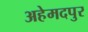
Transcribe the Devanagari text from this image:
अहेमदपुर